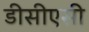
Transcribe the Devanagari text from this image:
डीसीएसी